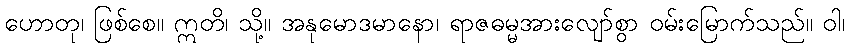
ဟောတု၊ ဖြစ်စေ။ ဣတိ၊ သို့။ အနုမောဒမာနော၊ ရာဇဓမ္မအားလျော်စွာ ဝမ်းမြောက်သည်။ ဝါ၊